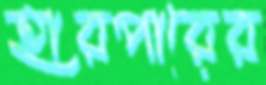
হারপারের